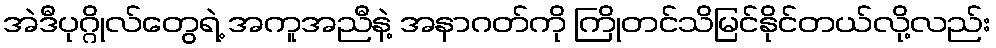
အဲဒီပုဂ္ဂိုလ်တွေရဲ့ အကူအညီနဲ့ အနာဂတ်ကို ကြိုတင်သိမြင်နိုင်တယ်လို့လည်း